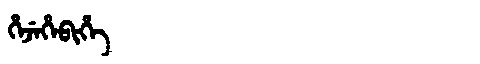
Manchu: ᡥᡝᠵᡝᡥᡝᠪᡳᡥᡝ
Romanization: HEJEHEBIHE